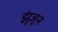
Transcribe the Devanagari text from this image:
झुंजून